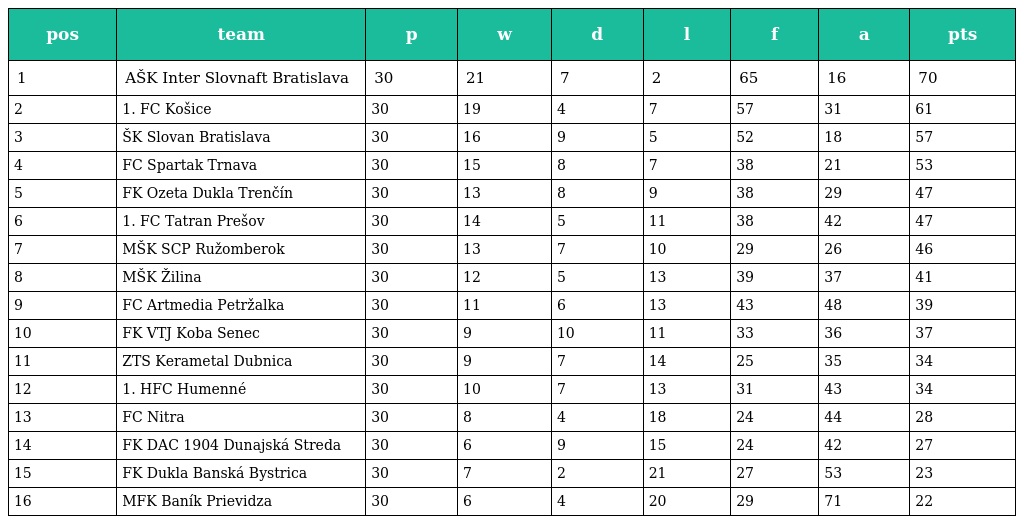
| pos | team | p | w | d | l | f | a | pts |
 | --- | --- | --- | --- | --- | --- | --- | --- | --- |
 | 1 | AŠK Inter Slovnaft Bratislava | 30 | 21 | 7 | 2 | 65 | 16 | 70 |
 | 2 | 1. FC Košice | 30 | 19 | 4 | 7 | 57 | 31 | 61 |
 | 3 | ŠK Slovan Bratislava | 30 | 16 | 9 | 5 | 52 | 18 | 57 |
 | 4 | FC Spartak Trnava | 30 | 15 | 8 | 7 | 38 | 21 | 53 |
 | 5 | FK Ozeta Dukla Trenčín | 30 | 13 | 8 | 9 | 38 | 29 | 47 |
 | 6 | 1. FC Tatran Prešov | 30 | 14 | 5 | 11 | 38 | 42 | 47 |
 | 7 | MŠK SCP Ružomberok | 30 | 13 | 7 | 10 | 29 | 26 | 46 |
 | 8 | MŠK Žilina | 30 | 12 | 5 | 13 | 39 | 37 | 41 |
 | 9 | FC Artmedia Petržalka | 30 | 11 | 6 | 13 | 43 | 48 | 39 |
 | 10 | FK VTJ Koba Senec | 30 | 9 | 10 | 11 | 33 | 36 | 37 |
 | 11 | ZTS Kerametal Dubnica | 30 | 9 | 7 | 14 | 25 | 35 | 34 |
 | 12 | 1. HFC Humenné | 30 | 10 | 7 | 13 | 31 | 43 | 34 |
 | 13 | FC Nitra | 30 | 8 | 4 | 18 | 24 | 44 | 28 |
 | 14 | FK DAC 1904 Dunajská Streda | 30 | 6 | 9 | 15 | 24 | 42 | 27 |
 | 15 | FK Dukla Banská Bystrica | 30 | 7 | 2 | 21 | 27 | 53 | 23 |
 | 16 | MFK Baník Prievidza | 30 | 6 | 4 | 20 | 29 | 71 | 22 |